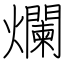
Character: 爛